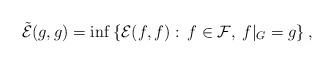
LaTeX: \begin{align*}\tilde{\mathcal{E}}(g,g)=\inf\left\{\mathcal{E}(f,f):\:f\in\mathcal{F},\:f|_{G}=g\right\},\end{align*}